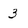
Character: 3